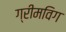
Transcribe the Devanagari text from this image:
ग्रीमविग